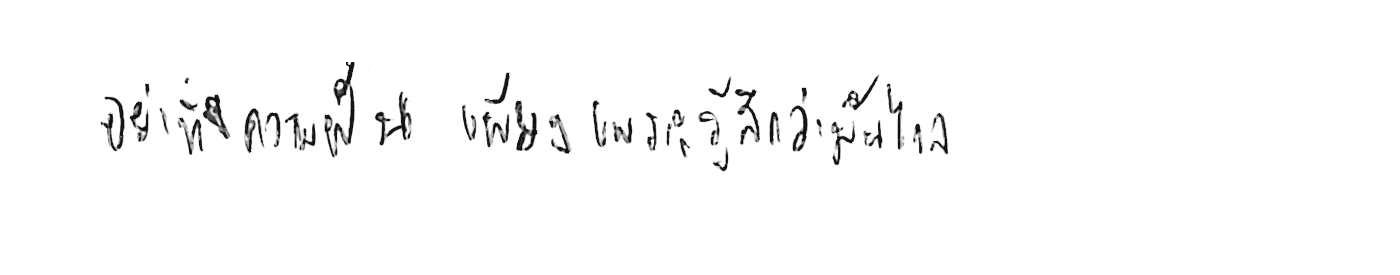
อย่าทิ้งความฝัน เพียงเพราะรู้สึกว่ามันไกล